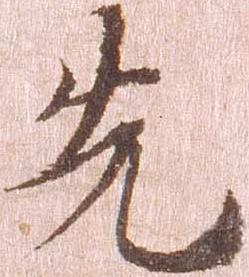
先